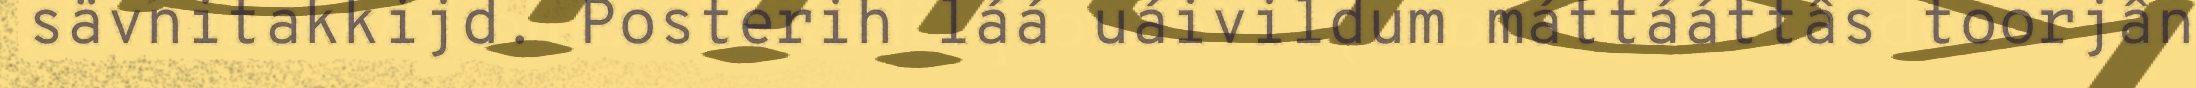
sävnitakkijd. Posterih láá uáivildum máttááttâs toorjân